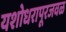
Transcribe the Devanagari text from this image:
यशोधरापूरजवळ